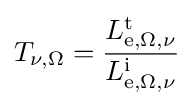
T_{\nu ,\Omega }={\frac {L_{\mathrm {e} ,\Omega ,\nu }^{\mathrm {t} }}{L_{\mathrm {e} ,\Omega ,\nu }^{\mathrm {i} }}}